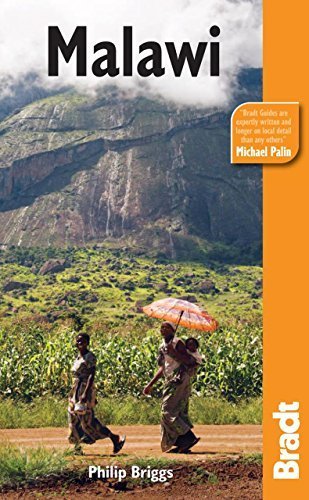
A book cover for Malawi, 5th (Bradt Travel Guide Malawi) by Briggs, Philip (2010) Paperback; Philip Briggs; Travel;